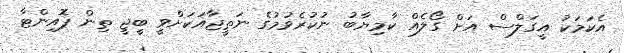
އެކަމަކު އީގަލްސް އަށް ގޯލެއް ކާމިޔާބު ނުކުރެވުމުގެ ނަތީޖާއަކަށްވީ ބީޖީ ތިން ޕޮއިންޓާ